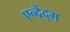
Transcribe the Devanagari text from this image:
एन्द्रेंदृम